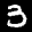
Label: 3